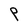
Character: P